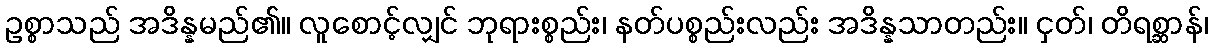
ဥစ္စာသည် အဒိန္နမည်၏။ လူစောင့်လျှင် ဘုရားစ္စည်း၊ နတ်ပစ္စည်းလည်း အဒိန္နသာတည်း။ ငှတ်၊ တိရစ္ဆာန်၊